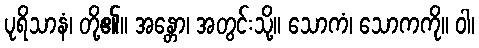
ပုရိသာနံ၊ တို့၏။ အန္တော၊ အတွင်းသို့။ သောကံ၊ သောကကို။ ဝါ၊